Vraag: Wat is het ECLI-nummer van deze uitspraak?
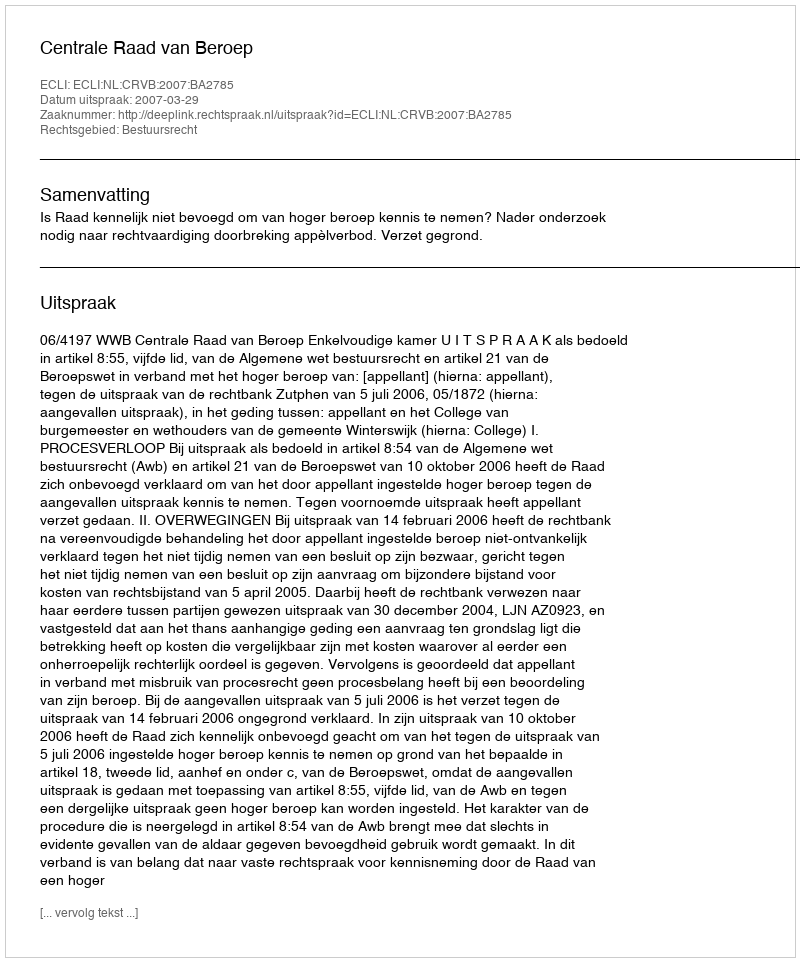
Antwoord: ECLI:NL:CRVB:2007:BA2785